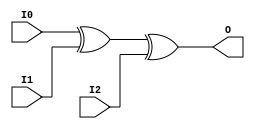

/*

FUNCTION	: 3-INPUT XOR GATE

*/

`timescale  100 ps / 10 ps

`celldefine

module XOR3 (O, I0, I1, I2);


    output O;

    input  I0, I1, I2;

	xor X1 (O, I0, I1, I2);

    specify
	(I0 *> O) = (0, 0);
	(I1 *> O) = (0, 0);
	(I2 *> O) = (0, 0);
    endspecify

endmodule

`endcelldefine